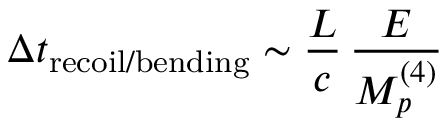
\Delta t _ { \mathrm { r e c o i l / b e n d i n g } } \sim \frac { L } { c } \, \frac { E } { M _ { p } ^ { ( 4 ) } }